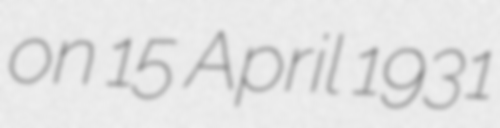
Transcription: on 15 April 1931